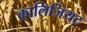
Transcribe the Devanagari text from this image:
कालिजियट